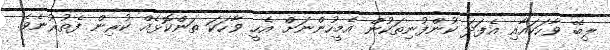
ލިބޭ ވާހަކައާއި އެފަދަ ކުންފުނިތަކުން އެމީހުންނަށް އެހީ ވާހަކަ ތަންކޮޅެއް ކުރިން ފެތުރުނެވެ.